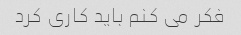
فکر می کنم باید کاری کرد